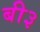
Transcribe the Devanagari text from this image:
बी३